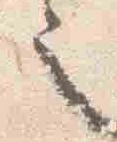
也